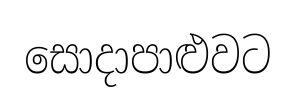
සොදාපාළුවට